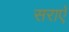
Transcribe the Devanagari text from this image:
सराएँ